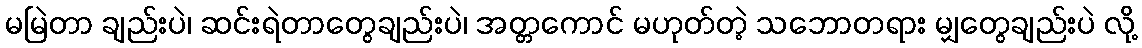
မမြဲတာ ချည်းပဲ၊ ဆင်းရဲတာတွေချည်းပဲ၊ အတ္တကောင် မဟုတ်တဲ့ သဘောတရား မျှတွေချည်းပဲ လို့